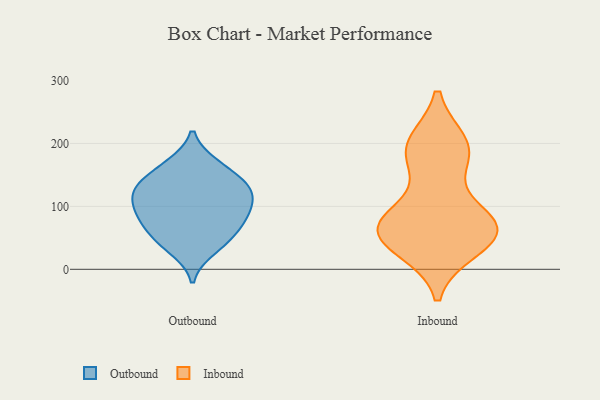
{"axis": {"x": "Active Users", "y": "Value"}, "legend": ["Inbound", "Outbound"], "data": [{"x": "", "y": 139, "type": "Outbound"}, {"x": "", "y": 85, "type": "Outbound"}, {"x": "", "y": 165, "type": "Outbound"}, {"x": "", "y": 89, "type": "Outbound"}, {"x": "", "y": 122, "type": "Outbound"}, {"x": "", "y": 59, "type": "Outbound"}, {"x": "", "y": 60, "type": "Outbound"}, {"x": "", "y": 92, "type": "Outbound"}, {"x": "", "y": 42, "type": "Outbound"}, {"x": "", "y": 31, "type": "Outbound"}, {"x": "", "y": 167, "type": "Outbound"}, {"x": "", "y": 128, "type": "Outbound"}, {"x": "", "y": 130, "type": "Outbound"}, {"x": "", "y": 124, "type": "Outbound"}, {"x": "", "y": 95, "type": "Outbound"}, {"x": "", "y": 67, "type": "Inbound"}, {"x": "", "y": 67, "type": "Inbound"}, {"x": "", "y": 70, "type": "Inbound"}, {"x": "", "y": 72, "type": "Inbound"}, {"x": "", "y": 183, "type": "Inbound"}, {"x": "", "y": 75, "type": "Inbound"}, {"x": "", "y": 38, "type": "Inbound"}, {"x": "", "y": 34, "type": "Inbound"}, {"x": "", "y": 63, "type": "Inbound"}, {"x": "", "y": 198, "type": "Inbound"}, {"x": "", "y": 177, "type": "Inbound"}, {"x": "", "y": 199, "type": "Inbound"}]}